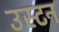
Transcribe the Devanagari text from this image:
उस्टन